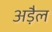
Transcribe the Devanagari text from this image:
अड़ैल